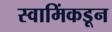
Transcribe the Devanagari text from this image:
स्वामिंकडून